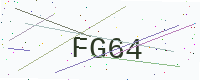
Text: FG64